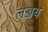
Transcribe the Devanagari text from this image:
लज्जय